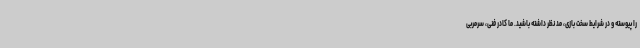
را پیوسته و در شرایط سخت بازی، مد نظر داشته باشید. ما کادر فنی، سرمربی